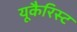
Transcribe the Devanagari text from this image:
यूकैरिस्ट